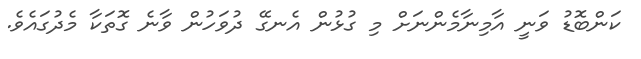
ކަންބޮޑު ވަނީ އާމިނާމެންނަށް މި ގުޅުން އެނގޭ ދުވަހުން ވާނެ ގޮތަކާ މެދުގައެވެ.